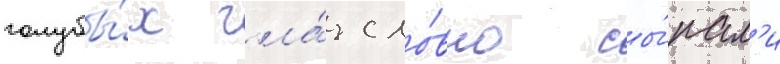
голубы́х гла́з сло́вно сы́пал'и